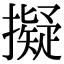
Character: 擬